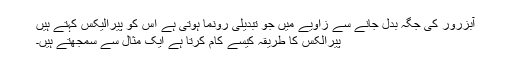
آبزرور کی جگہ بدل جانے سے زاویے میں جو تبدیلی رونما ہوتی ہے اس کو پیرالیکس کہتے ہیں
پیرالکس کا طریقہ کیسے کام کرتا ہے ایک مثال سے سمجھتے ہیں۔